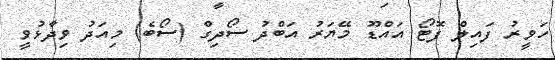
ހަވީރު ފައިލް ފޮޓޯ އައްޑޫ މޭޔަރު އަބްދު ސޯދިގް (ސޯބެ) މިއަދު ވިދާޅުވީ